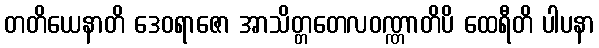
တတိယေနာတိ ဒေဝရာဇော အာသိတ္တတေလဝဏ္ဏာတိပိ ထေရီတိ ပါပနာ